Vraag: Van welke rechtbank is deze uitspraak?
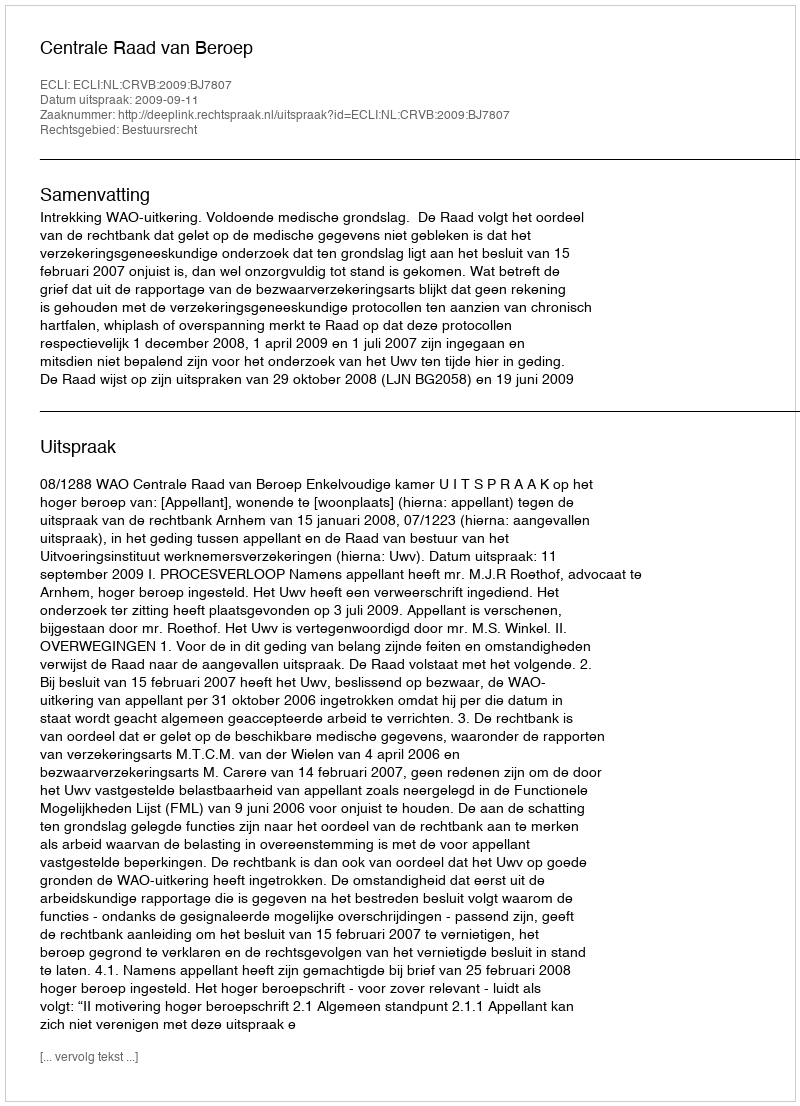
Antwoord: Centrale Raad van Beroep